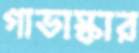
গাভাস্কার